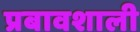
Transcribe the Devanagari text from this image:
प्रबावशाली